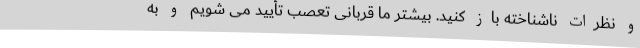
و نظرات ناشناخته باز کنید. بیشتر ما قربانی تعصب تأیید می شویم و به